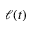
\ell ( t )